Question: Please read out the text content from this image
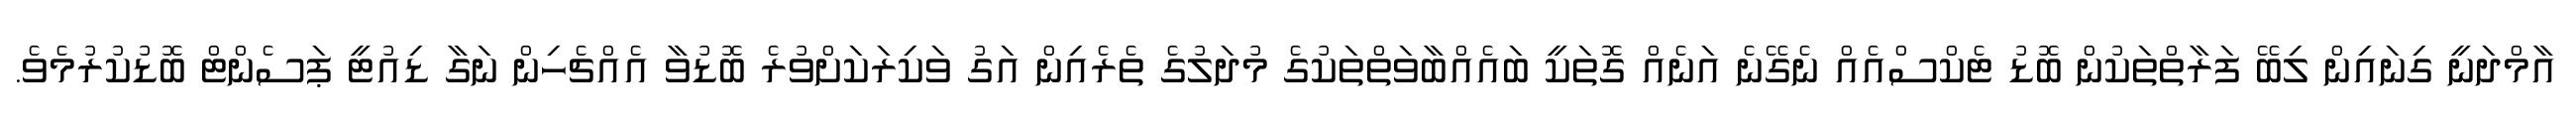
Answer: އާމްދަނީ ގިނައިން ލިބޭ ފަރާތްތަކުން ބޮޑު ޓެކްސްއެއް ނެގޭނެ އަނެއް ގޮތަކީ ބައެއްބާވަތްތަކުގެ މުދަލުގެ ތެރެއިން އަގު ވަކިރަކަށްވުރެ ބޮޑުވާ އެއްޗެހިން ނަގާ ޑިއުޓީ ޕަސެންޓް ބޮޑުކުރުމެވެ.